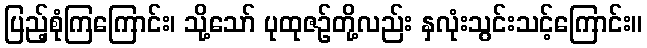
ပြည့်စုံကြကြောင်း၊ သို့သော် ပုထုဇဉ်တို့လည်း နှလုံးသွင်းသင့်ကြောင်း။